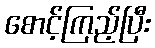
စောင့်ကြည့်ပြီး